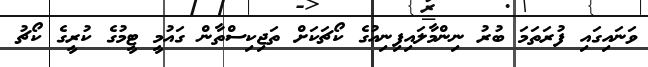
ވަނައިގައި ފުރަތަމަ ބުރު ނިންމާލައިފިނިއުގެ ކޯޗަކަށް ތަޖިކިސްތާން ގައުމީ ޓީމުގެ ކުރީގެ ކޯޗު